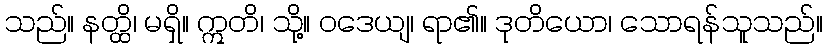
သည်။ နတ္ထိ၊ မရှိ။ ဣတိ၊ သို့။ ဝဒေယျ၊ ရာ၏။ ဒုတိယော၊ သောရန်သူသည်။